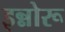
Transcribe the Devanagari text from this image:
इन्नोरू